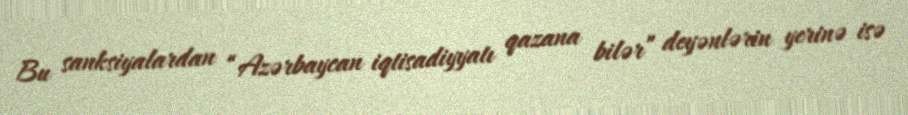
Bu sanksiyalardan “Azərbaycan iqtisadiyyatı qazana bilər” deyənlərin yerinə isə